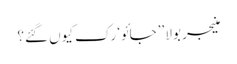
منیجر بولا ’’جائو‘ رک کیوں گئے؟